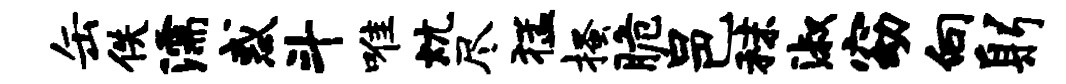
缶佚濡惑斗唯炕尽猛搔脆邑秣淑窈向躬